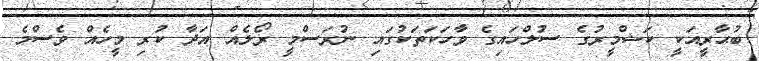
ބުޙާރީއަކީ ކަޝްމީރުގެ ސުލްހައިގެ ވާހަކަތަކުގައި ނުރަސްމީ ރޯލެއް އަދާ ކުރި މީހެއް ވެސްމެ